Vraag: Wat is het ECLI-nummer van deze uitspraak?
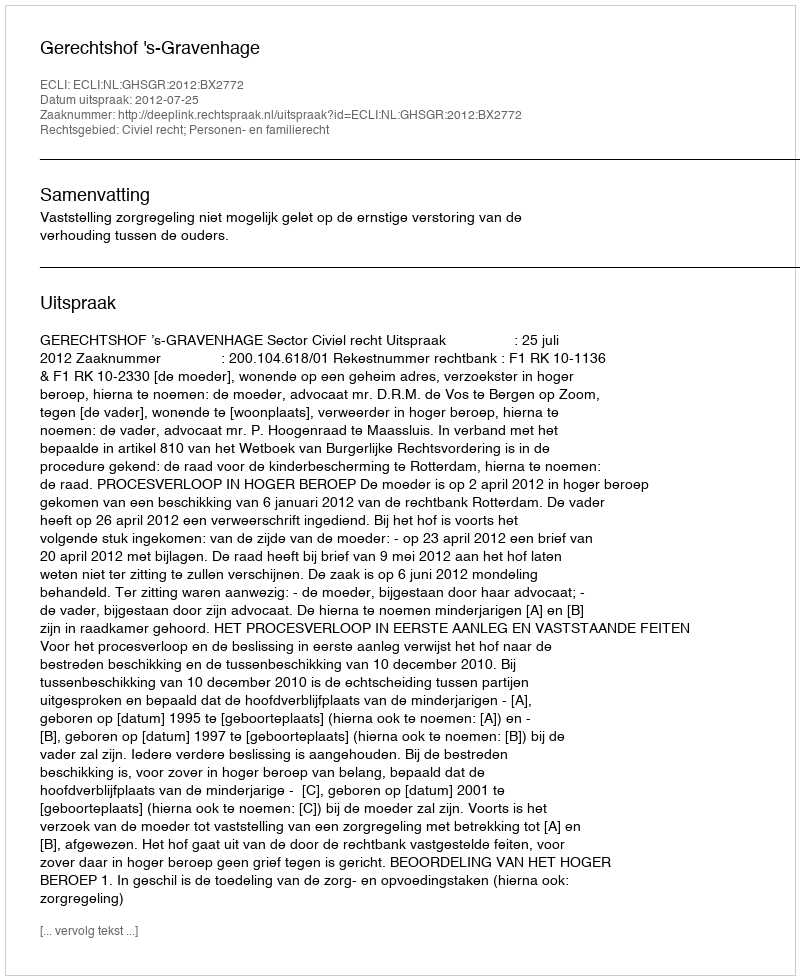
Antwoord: ECLI:NL:GHSGR:2012:BX2772